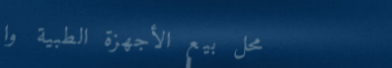
محل بيع الأجهزة الطبية وا